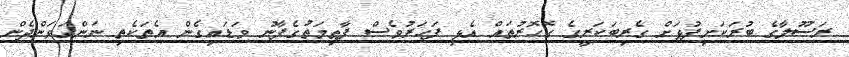
ރަސޫލާގެ ބުރަކަށިފުޅަށް ގެރިބަކަރީގެ ގޮހޮރުތައް އެޅި ފަހަރުވެސް ފާޠިމަތުގެފާނު ވަޑައިގެން އެތަކެތި ނަންގަވަންދެން